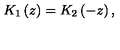
K _ { 1 } \left( z \right) = K _ { 2 } \left( - z \right) ,